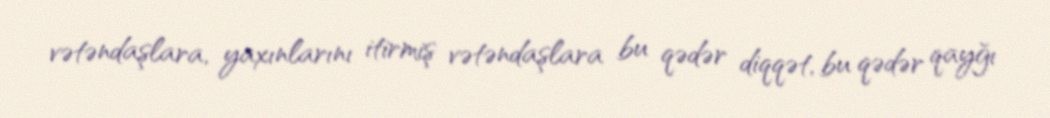
vətəndaşlara, yaxınlarını itirmiş vətəndaşlara bu qədər diqqət, bu qədər qayğı